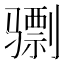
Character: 𫠌